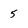
Character: 5